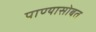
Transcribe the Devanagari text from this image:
पाण्‍यासोबत